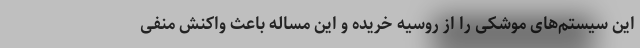
این سیستم‌های موشکی را از روسیه خریده و این مساله باعث واکنش منفی